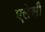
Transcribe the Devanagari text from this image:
एलेसी